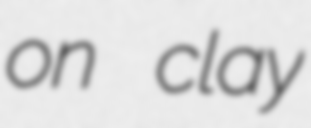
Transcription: on clay